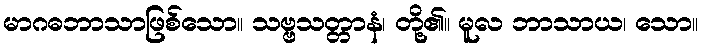
မာဂဓဘာသာဖြစ်သော။ သဗ္ဗသတ္တာနံ၊ တို့၏။ မူလ ဘာသာယ၊ သော။